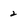
Character: 2